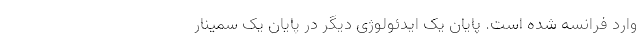
وارد فرانسه شده است. پایان یک ایدئولوژی دیگر در پایانِ یک سمینارِ